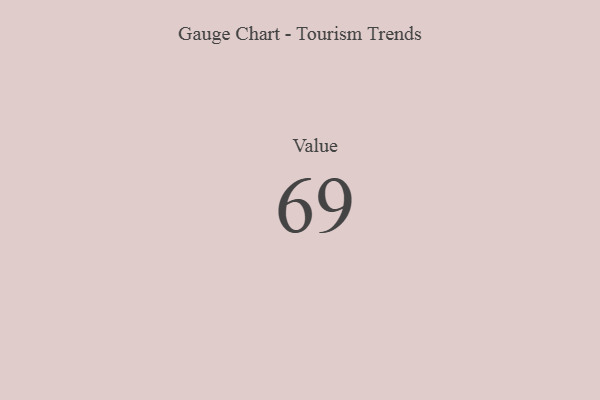
{"axis": {"x": "Metric", "y": "Value"}, "legend": [""], "data": [{"x": "Value", "y": 69, "type": ""}]}